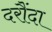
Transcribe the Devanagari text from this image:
दरौंदा